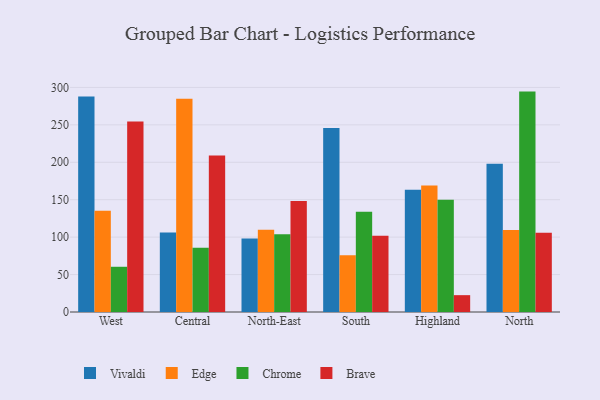
{"axis": {"x": "Region", "y": "Active Users"}, "legend": ["Brave", "Chrome", "Edge", "Vivaldi"], "data": [{"x": "West", "y": 287.9, "type": "Vivaldi"}, {"x": "West", "y": 135.1, "type": "Edge"}, {"x": "West", "y": 60.4, "type": "Chrome"}, {"x": "West", "y": 254.5, "type": "Brave"}, {"x": "Central", "y": 106.2, "type": "Vivaldi"}, {"x": "Central", "y": 284.8, "type": "Edge"}, {"x": "Central", "y": 85.9, "type": "Chrome"}, {"x": "Central", "y": 209.2, "type": "Brave"}, {"x": "North-East", "y": 98.2, "type": "Vivaldi"}, {"x": "North-East", "y": 110.0, "type": "Edge"}, {"x": "North-East", "y": 103.7, "type": "Chrome"}, {"x": "North-East", "y": 148.2, "type": "Brave"}, {"x": "South", "y": 245.7, "type": "Vivaldi"}, {"x": "South", "y": 75.9, "type": "Edge"}, {"x": "South", "y": 133.8, "type": "Chrome"}, {"x": "South", "y": 102.0, "type": "Brave"}, {"x": "Highland", "y": 163.3, "type": "Vivaldi"}, {"x": "Highland", "y": 168.9, "type": "Edge"}, {"x": "Highland", "y": 149.9, "type": "Chrome"}, {"x": "Highland", "y": 22.5, "type": "Brave"}, {"x": "North", "y": 198.0, "type": "Vivaldi"}, {"x": "North", "y": 109.6, "type": "Edge"}, {"x": "North", "y": 294.4, "type": "Chrome"}, {"x": "North", "y": 106.0, "type": "Brave"}]}